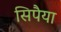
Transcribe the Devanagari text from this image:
सिपैया